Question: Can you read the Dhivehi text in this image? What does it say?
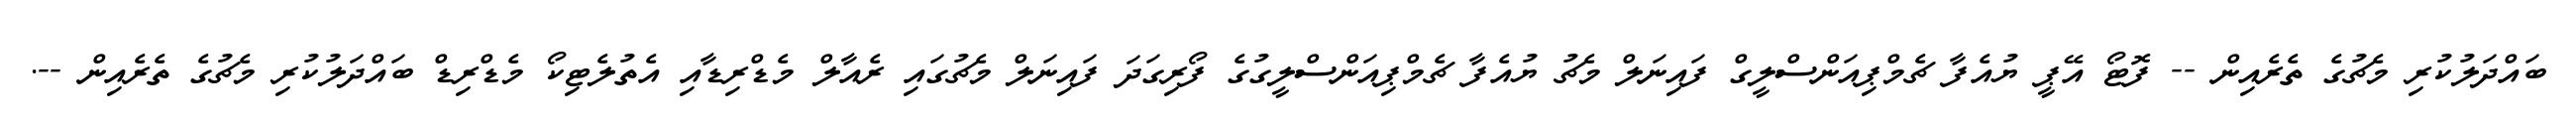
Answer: ބައްދަލުކުރި މެޗުގެ ތެރެއިން -- ފޮޓޯ އޭޕީ ޔުއެފާ ޗެމްޕިއަންސްލީގް ފައިނަލް މެޗު ޔުއެފާ ޗެމްޕިއަންސްލީގުގެ ފޯރިގަދަ ފައިނަލް މެޗުގައި ރެއާލް މެޑްރިޑާއި އެތުލެޓިކޯ މެޑްރިޑް ބައްދަލުކުރި މެޗުގެ ތެރެއިން --.